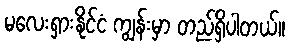
မလေးရှားနိုင်ငံ ကျွန်းမှာ တည်ရှိပါတယ်။